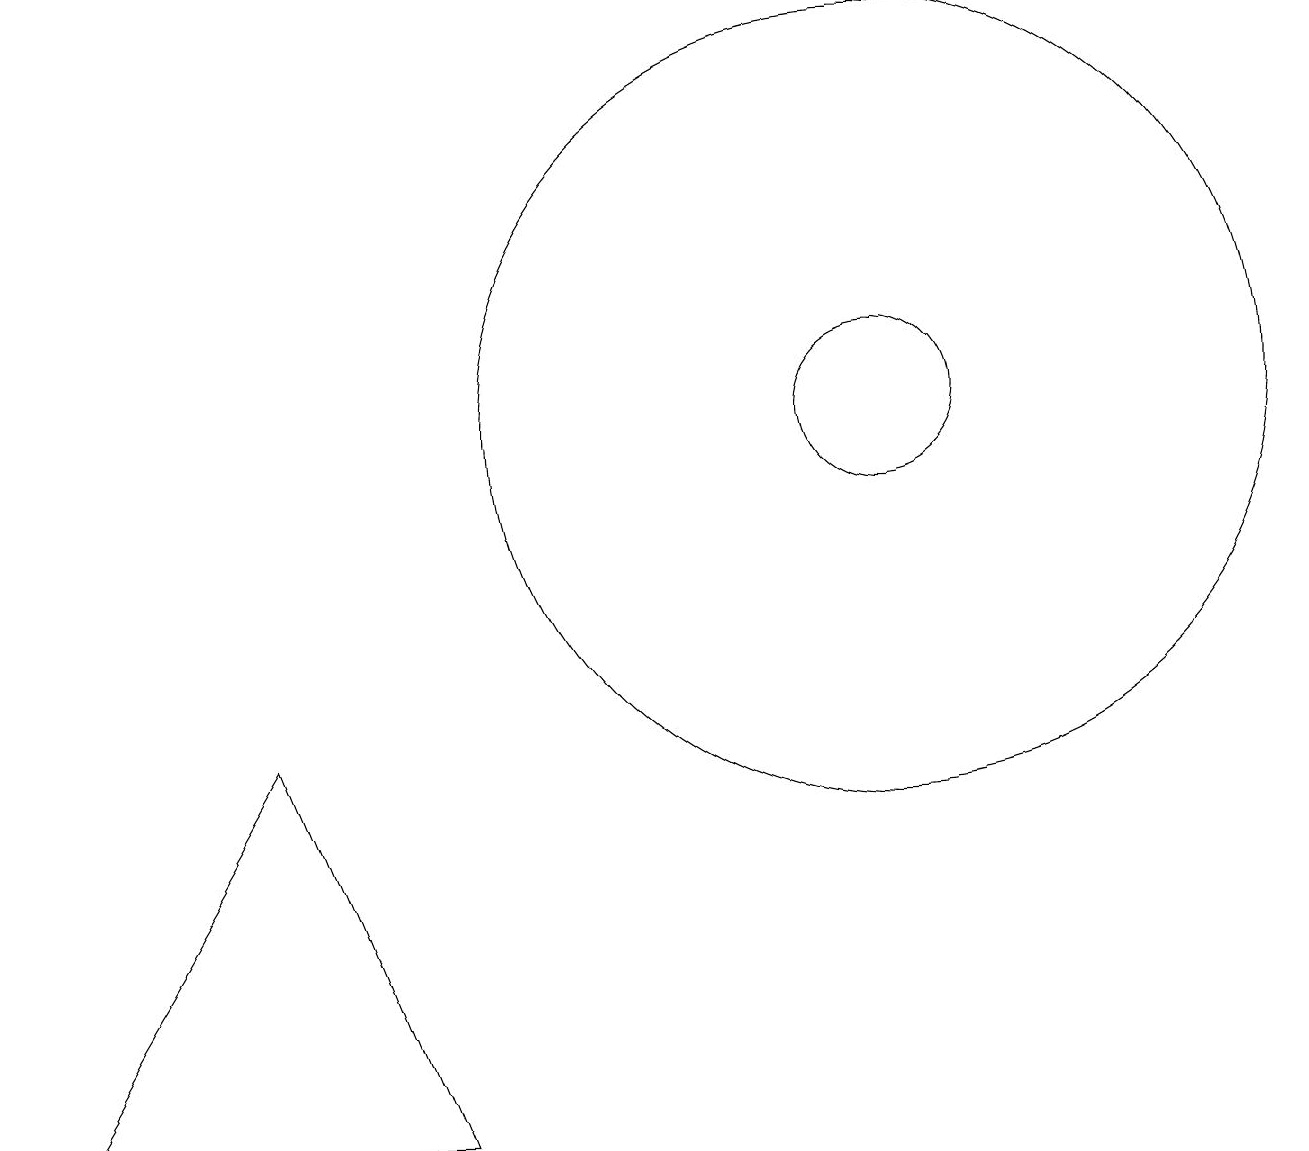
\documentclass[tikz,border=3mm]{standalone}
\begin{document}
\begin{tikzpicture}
\draw (11,11) circle (1);
\draw (11,11) circle (5);
\draw (5,2) -- (0,2) -- (3,7) -- cycle;
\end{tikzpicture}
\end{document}